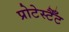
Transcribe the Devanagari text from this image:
प्रोटेस्टैँट